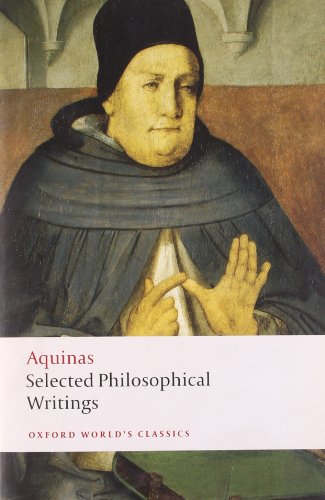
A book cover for Selected Philosophical Writings (Oxford World's Classics); Thomas Aquinas; Politics & Social Sciences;